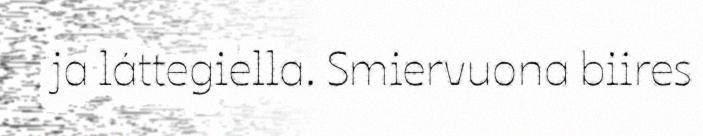
ja láttegiella. Smiervuona biires